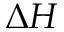
\Delta { H }